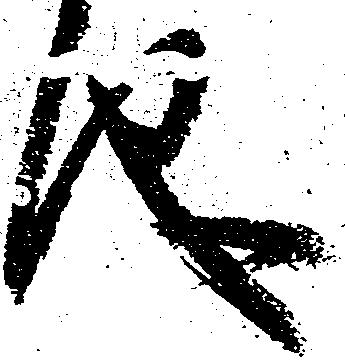
儀